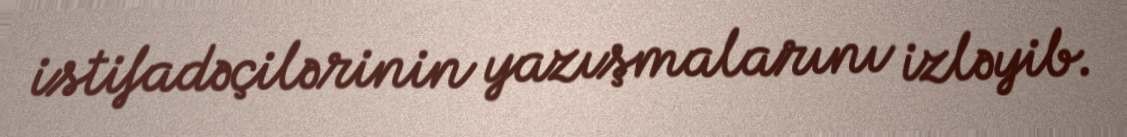
istifadəçilərinin yazışmalarını izləyib.